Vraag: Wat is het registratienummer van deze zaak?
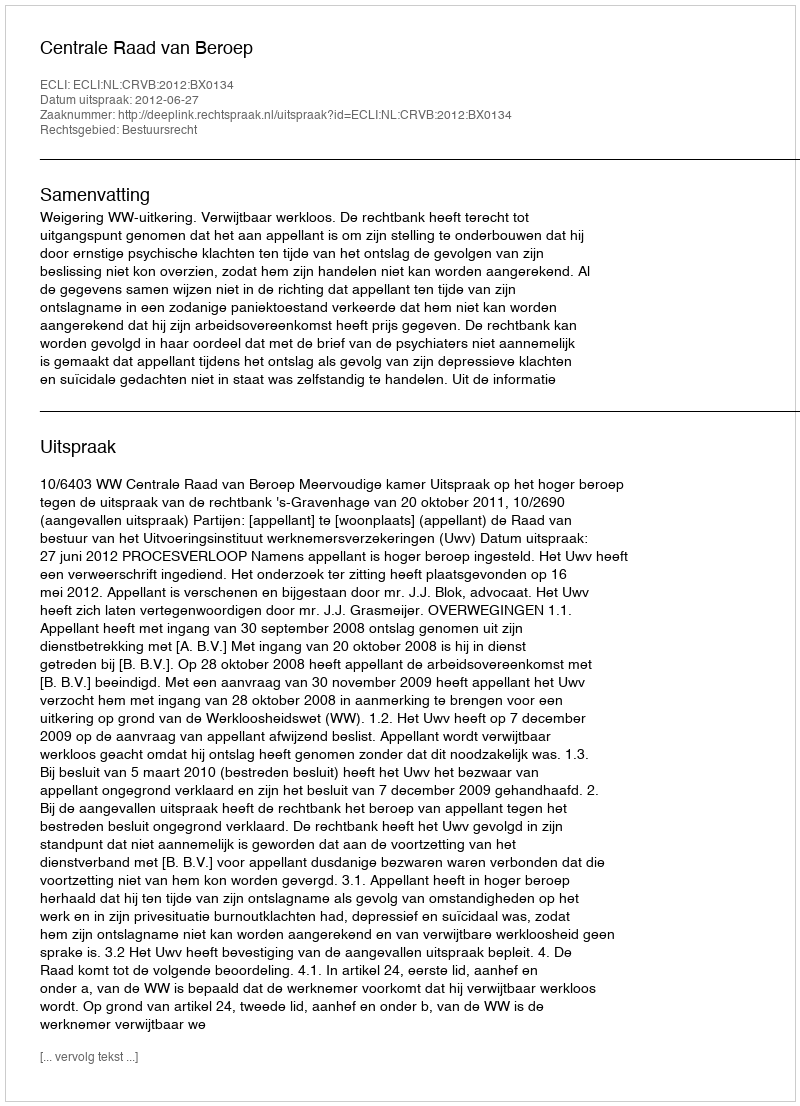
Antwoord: http://deeplink.rechtspraak.nl/uitspraak?id=ECLI:NL:CRVB:2012:BX0134